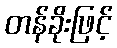
တန်ခိုးဖြင့်